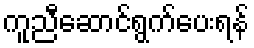
ကူညီဆောင်ရွက်ပေးရန်